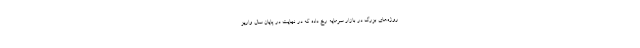
روژه‌های بزرگ در بازار سرمایه رخ داده که در نهایت در پایان سال واریز